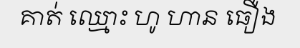
គាត់ ឈ្មោះ ហូ ហាន ធឿង